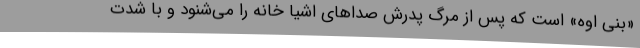
«بنی اوه» است که پس از مرگ پدرش صداهای اشیا خانه را می‌شنود و با شدت